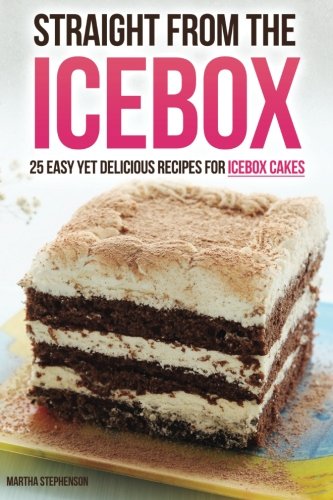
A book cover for Straight from the Icebox: 25 Easy yet Delicious Recipes for Icebox Cakes; Martha Stephenson; Cookbooks, Food & Wine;